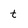
Character: t